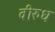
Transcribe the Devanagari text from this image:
वीरुध